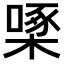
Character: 𪳓